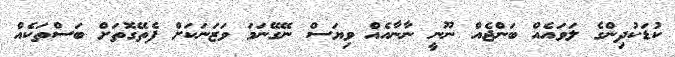
ކުޑަކުދިންގެ ލަވައެއް ބަންޖެއް ނޫނީ ނާނާއެއް ވިޔަސް ނޭގޭނަމަ ވަޒަނަކަށް ފެތޭގޮތަށް ބަސްތަކެއް